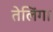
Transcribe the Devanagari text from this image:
तेलिंगा